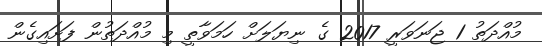
މުއްދަތު 1 ޖަނަވަރީ 2017 ގެ ނިޔަލަށް ހަމަވާތީ މި މުއްދަތުން ފަށައިގެން